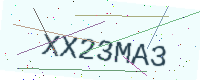
Text: XX23MA3